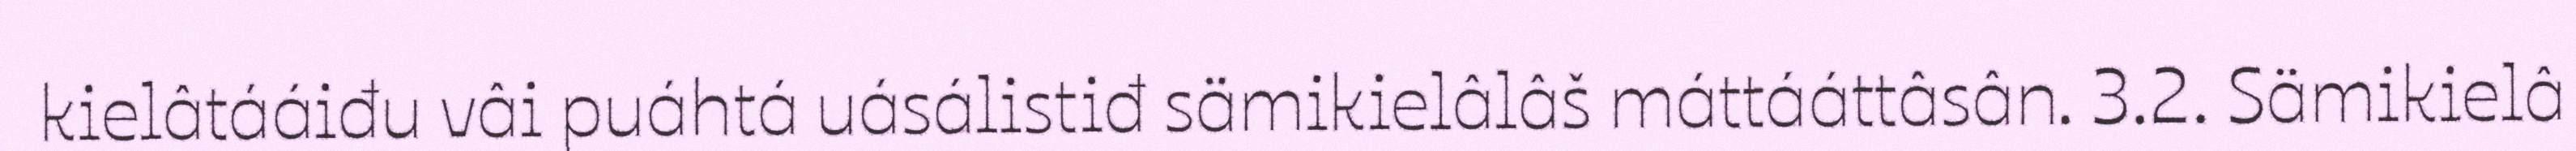
kielâtááiđu vâi puáhtá uásálistiđ sämikielâlâš máttááttâsân. 3.2. Sämikielâ